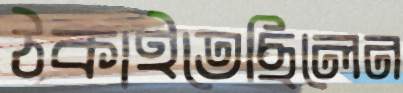
ঠকাইতেছিলেন